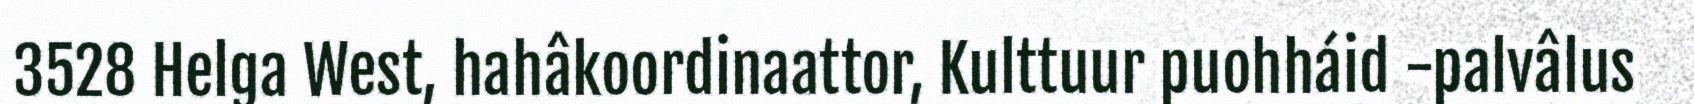
3528 Helga West, hahâkoordinaattor, Kulttuur puohháid -palvâlus